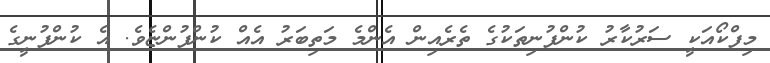
މިފްކޯއަކީ ސަރުކާރު ކުންފުނިތަކުގެ ތެރެއިން އެންމެ މަތިބަރު އެއް ކުންފުންޏެވެ. އެ ކުންފުނީގެ